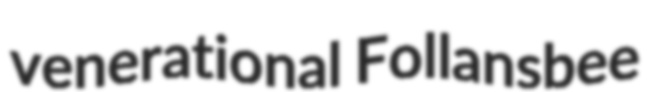
venerational Follansbee